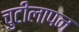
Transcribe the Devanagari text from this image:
चुटीलापन